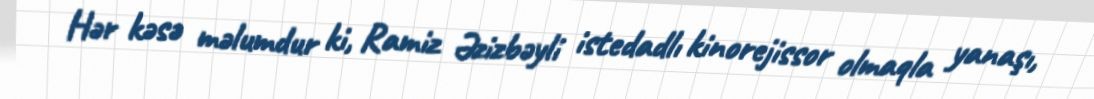
Hər kəsə məlumdur ki, Ramiz Əzizbəyli istedadlı kinorejissor olmaqla yanaşı,